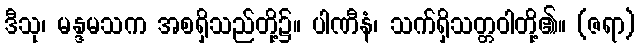
ဒီသု၊ မန္ဒမသက အစရှိသည်တို့၌။ ပါဏီနံ၊ သက်ရှိသတ္တဝါတို့၏။ (ဇရာ)